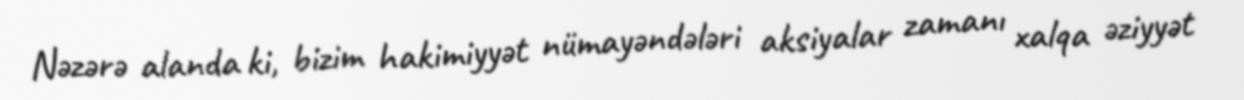
Nəzərə alanda ki, bizim hakimiyyət nümayəndələri aksiyalar zamanı xalqa əziyyət